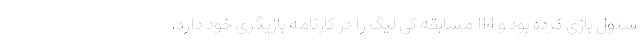
سئول بازی کرده بود و 114 مسابقه کی لیگ را در کارنامه بازیگری خود دارد.